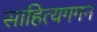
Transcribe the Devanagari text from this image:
साहित्यगगन